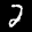
Label: 2